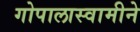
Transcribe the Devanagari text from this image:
गोपालास्वामीने